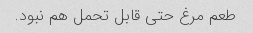
طعم مرغ حتی قابل تحمل هم نبود.